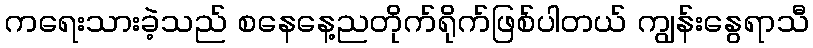
ကရေးသားခဲ့သည် စနေနေ့ညတိုက်ရိုက်ဖြစ်ပါတယ် ကျွန်းနွေရာသီ